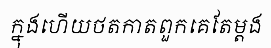
ក្នុងហើយថតកាតពួកគេតែម្តង